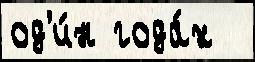
од'и́н года́х